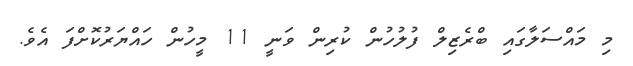
މި މައްސަލާގައި ބްރެޒިލް ފުލުހުން ކުރިން ވަނީ 11 މީހުން ހައްޔަރުކޮށްފަ އެވެ.